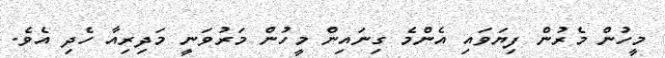
މީހުން މެރުން ފިޔަވައި އެންމެ ގިނައިން މީހުން މަރުވަނީ މަދިރިއާ ހެދި އެވެ.